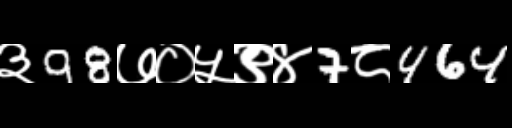
Text: ३98७०५९४7८464